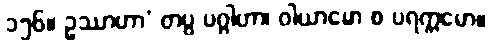
၁၅၆။ ဥဿာဟာ’ တပ္ပ ပဂ္ဂါဟာ၊ ဝါယာမော စ ပရက္ကမော။